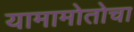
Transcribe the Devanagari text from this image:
यामामोतोचा